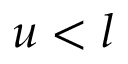
u < l